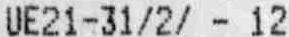
UE21-31/2/ - 12